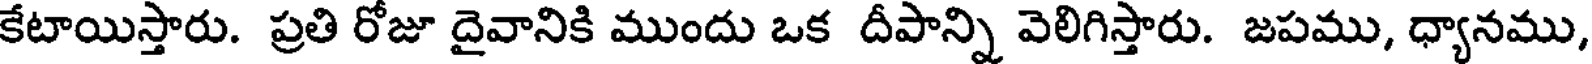
కేటాయిస్తారు. ప్రతి రోజూ దైవానికి ముందు ఒక దీపాన్ని వెలిగిస్తారు. జపము, ధ్యానము,